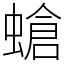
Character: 螥